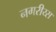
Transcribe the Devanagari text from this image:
नगरीय्स